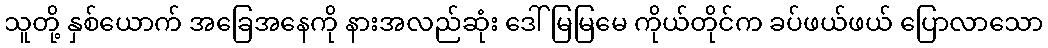
သူတို့ နှစ်ယောက် အခြေအနေကို နားအလည်ဆုံး ဒေါ်မြမြမေ ကိုယ်တိုင်က ခပ်ဖယ်ဖယ် ပြောလာသော